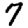
Digit: 7